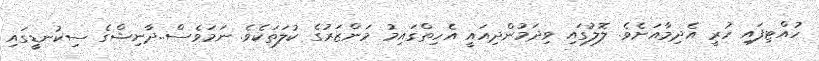
ހުއްޓިފައި ހުރީ އެދިމާއަށެވެ. ލޮލުގައި ވިދަމުންދިއައީ އެހިތްގައިމު މަންޒަރުގެ ކުލަތަކެވެ. ނަމަވެސް..ދާނިޝްގެ ސިކުނޑީީގައި